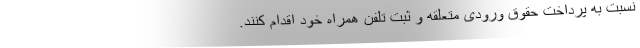
نسبت به پرداخت حقوق ورودی متعلقه و ثبت تلفن همراه خود اقدام کنند.